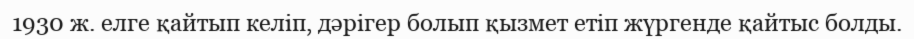
1930 ж. елге қайтып келіп, дәрігер болып қызмет етіп жүргенде қайтыс болды.